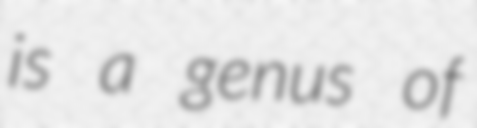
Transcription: is a genus of